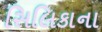
સિલિકાના